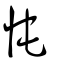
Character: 忳